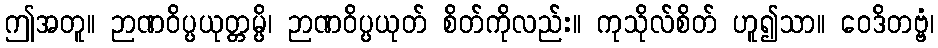
ဤအတူ။ ဉာဏဝိပ္ပယုတ္တမ္ပိ၊ ဉာဏဝိပ္ပယုတ် စိတ်ကိုလည်း။ ကုသိုလ်စိတ် ဟူ၍သာ။ ဝေဒိတဗ္ဗံ၊